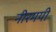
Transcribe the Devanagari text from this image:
नीरमयी